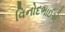
વિનોદભાઈએ